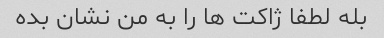
بله لطفا ژاکت ها را به من نشان بده